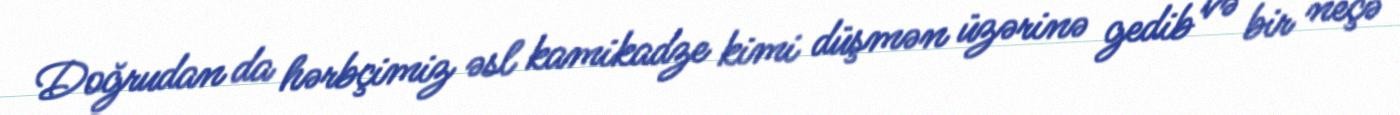
Doğrudan da hərbçimiz əsl kamikadze kimi düşmən üzərinə gedib və bir neçə